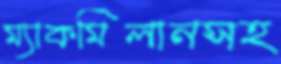
ম্যাকমিলানসহ